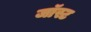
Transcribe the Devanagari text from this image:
जॉस्ट